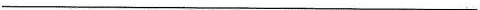
___